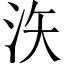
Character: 𪵳